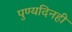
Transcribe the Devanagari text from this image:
पुण्यदिनही